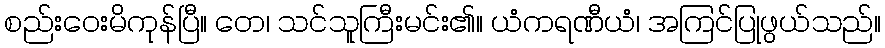
စည်းဝေးမိကုန်ပြီ။ တေ၊ သင်သူကြီးမင်း၏။ ယံကရဏီယံ၊ အကြင်ပြုဖွယ်သည်။